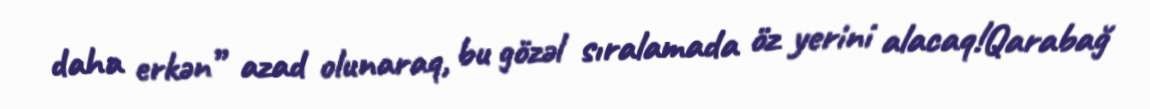
daha erkən” azad olunaraq, bu gözəl sıralamada öz yerini alacaq!Qarabağ